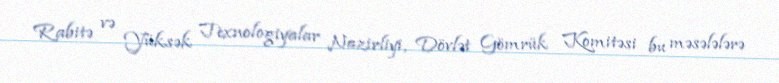
Rabitə və Yüksək Texnologiyalar Nazirliyi, Dövlət Gömrük Komitəsi bu məsələlərə